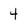
Character: 4